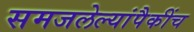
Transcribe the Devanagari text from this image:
समजलेल्यांपैकींच